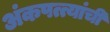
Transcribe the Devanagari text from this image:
अंकपत्त्यांची